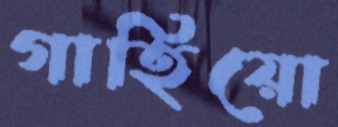
গাহিয়ো